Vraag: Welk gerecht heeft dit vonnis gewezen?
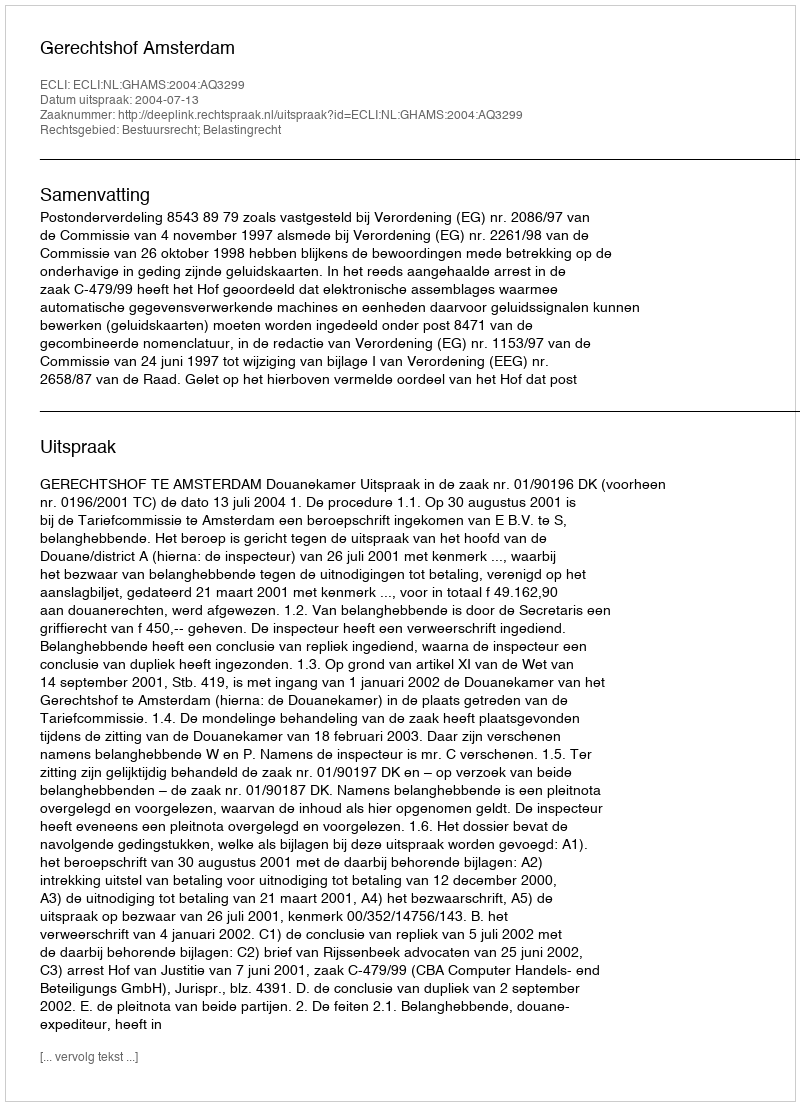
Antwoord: Gerechtshof Amsterdam